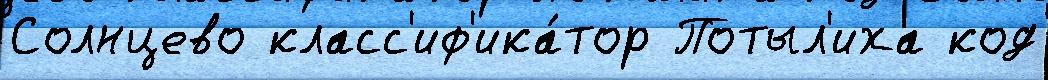
Солнцево класс'иф'ика́тор Потыл'иха код